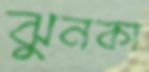
ঝুনকা